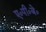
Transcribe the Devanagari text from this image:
ए०पी०जे०